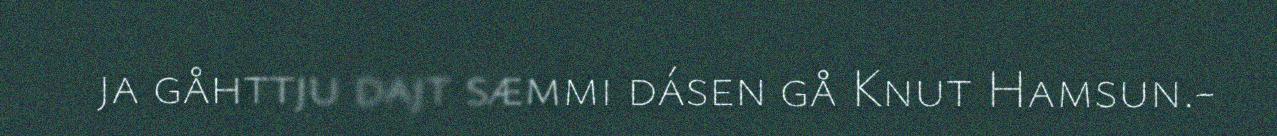
ja gåhttju dajt sæmmi dásen gå Knut Hamsun.-